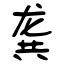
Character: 龚